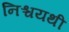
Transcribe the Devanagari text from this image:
निश्चयथी